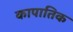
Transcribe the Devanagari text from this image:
कापातिक